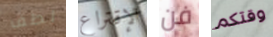
لطف الإقتراع فن وقتكم